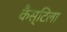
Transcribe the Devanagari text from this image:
कैस्टिला